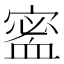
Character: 𡪖